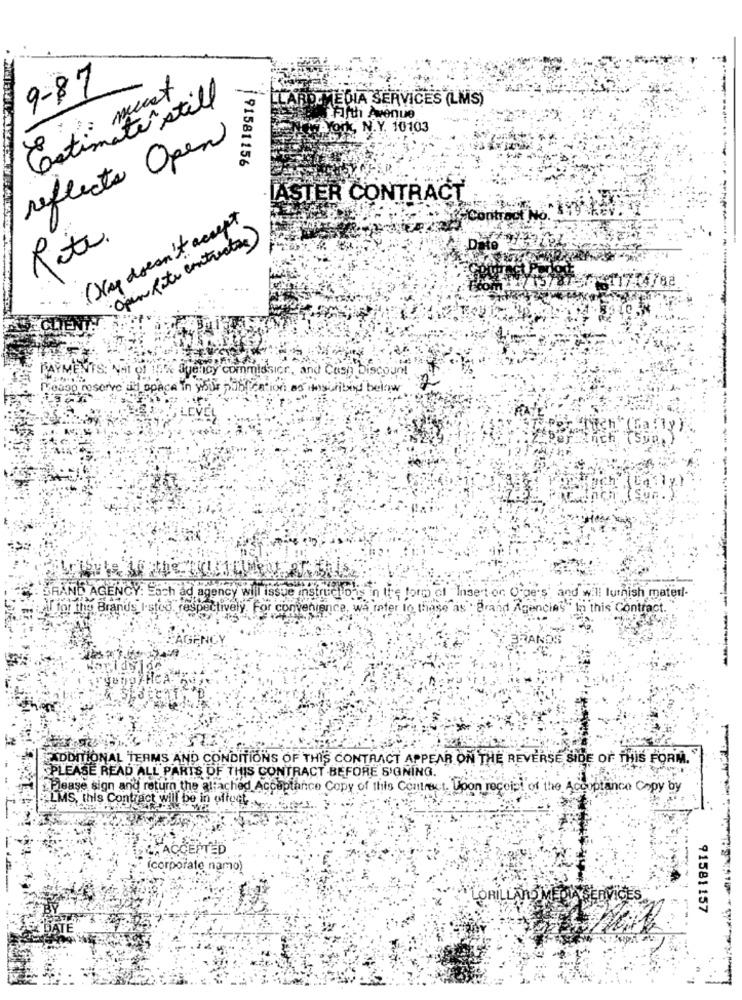
9-87
must
DEMEDIA SERVICES (LMS)
Estimatestill
Fifth Avenue
ork, N.Y. 10103
reflects Open
191581156
ASTER CONTRACT
( Xay doesn't accept
Contract NO. 59
Open Rate contractors)
Rote
Jyenicy commissior, and Cash Discount
serve uit op
a in your publication as inscribed below
AGENCY: Sach ad agency will
sue instruc
in the form of "Insert or Orge's' and will luthish materl-
Brands I-stod, respe
tively. F
or convenience, wa rater to these as Brand Agencies" In this Contract.
-----
ADDITIONAL TERMS AND CONDITIONS OF THIS CONTRACT APPEAR ON THE REVERSE SIDE OF THIS FORM."
PLEASE READ ALL PARTS OF THIS CONTRACT BEFORE S'GNING.
Please sign and return the attached Acceptance Copy of this Contract. Upon receipt of the Acceptance Copy by
LMS, this Contract will be in offerte
ACCEPTED
(corporate namo)
ORILLANO MEDYA
91581157
DATE